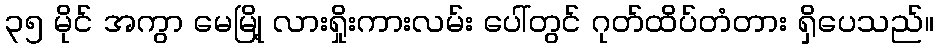
၃၅ မိုင် အကွာ မေမြို့ လားရှိုးကားလမ်း ပေါ်တွင် ဂုတ်ထိပ်တံတား ရှိပေသည်။